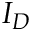
I _ { D }